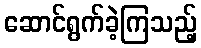
ဆောင်ရွက်ခဲ့ကြသည့်